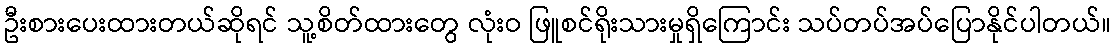
ဦးစားပေးထားတယ်ဆိုရင် သူ့စိတ်ထားတွေ လုံးဝ ဖြူစင်ရိုးသားမှုရှိကြောင်း သပ်တပ်အပ်ပြောနိုင်ပါတယ်။